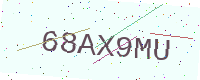
Text: 68AX9MU